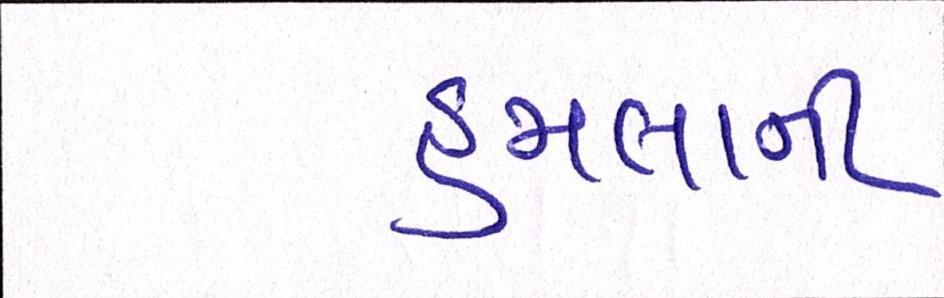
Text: હુમલાની